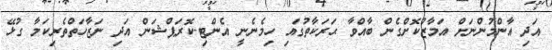
އަދި އާންމުންނަށް އަމާޒުކޮށްގެން ބާއްވާ ޙަރަކާތުގައި ހިމެނެނީ އެންޓި-ކޮރަޕްޝަން އަދި ނަޒާހަތްތެރިކަމާ ގުޅޭ